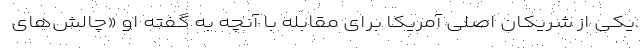
یکی از شریکان اصلی آمریکا برای مقابله با آنچه به گفته او «چالش‌های